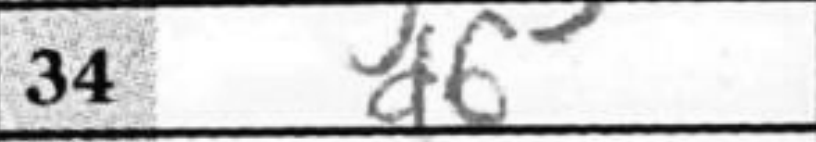
Transcription: d6